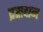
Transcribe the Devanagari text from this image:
प्रसदान